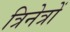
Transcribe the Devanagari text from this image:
त्रिनेत्रों